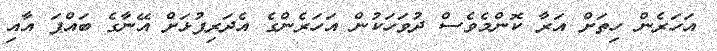
އަހަރެން ހިތަށް އަރާ ކޮންމެވެސް ދުވަހަކުން އަހަރެންގެ އެދަރިފުޅަށް އޭނާގެ ބައްޕަ އާއި